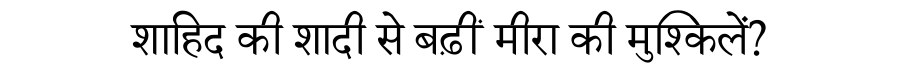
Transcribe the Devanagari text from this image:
शाहिद की शादी से बढ़ीं मीरा की मुश्किलें?